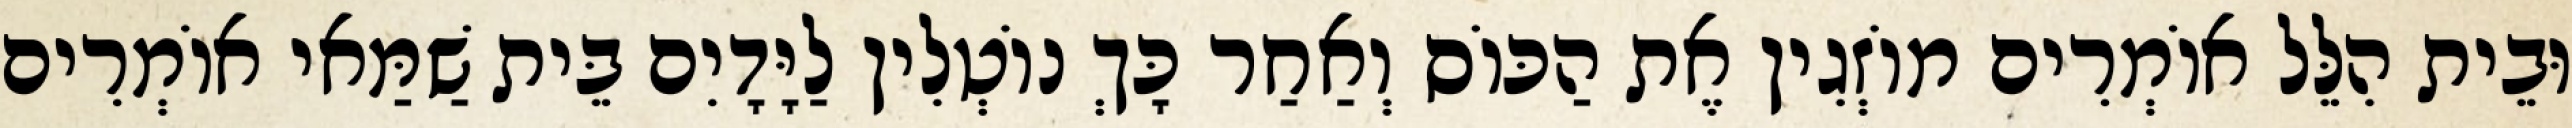
וּבֵית הִלֵּל אוֹמְרִים מוֹזְגִין אֶת הַכּוֹס וְאַחַר כָּךְ נוֹטְלִין לַיָּדָיִם בֵּית שַׁמַּאי אוֹמְרִים